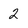
Character: 2